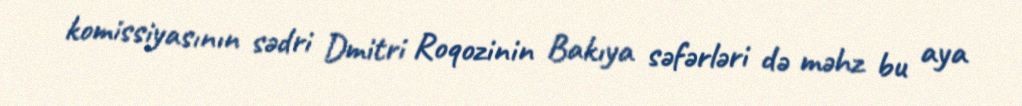
komissiyasının sədri Dmitri Roqozinin Bakıya səfərləri də məhz bu aya